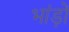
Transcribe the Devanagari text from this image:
भांड़ों